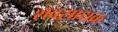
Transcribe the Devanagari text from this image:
शवसाधक